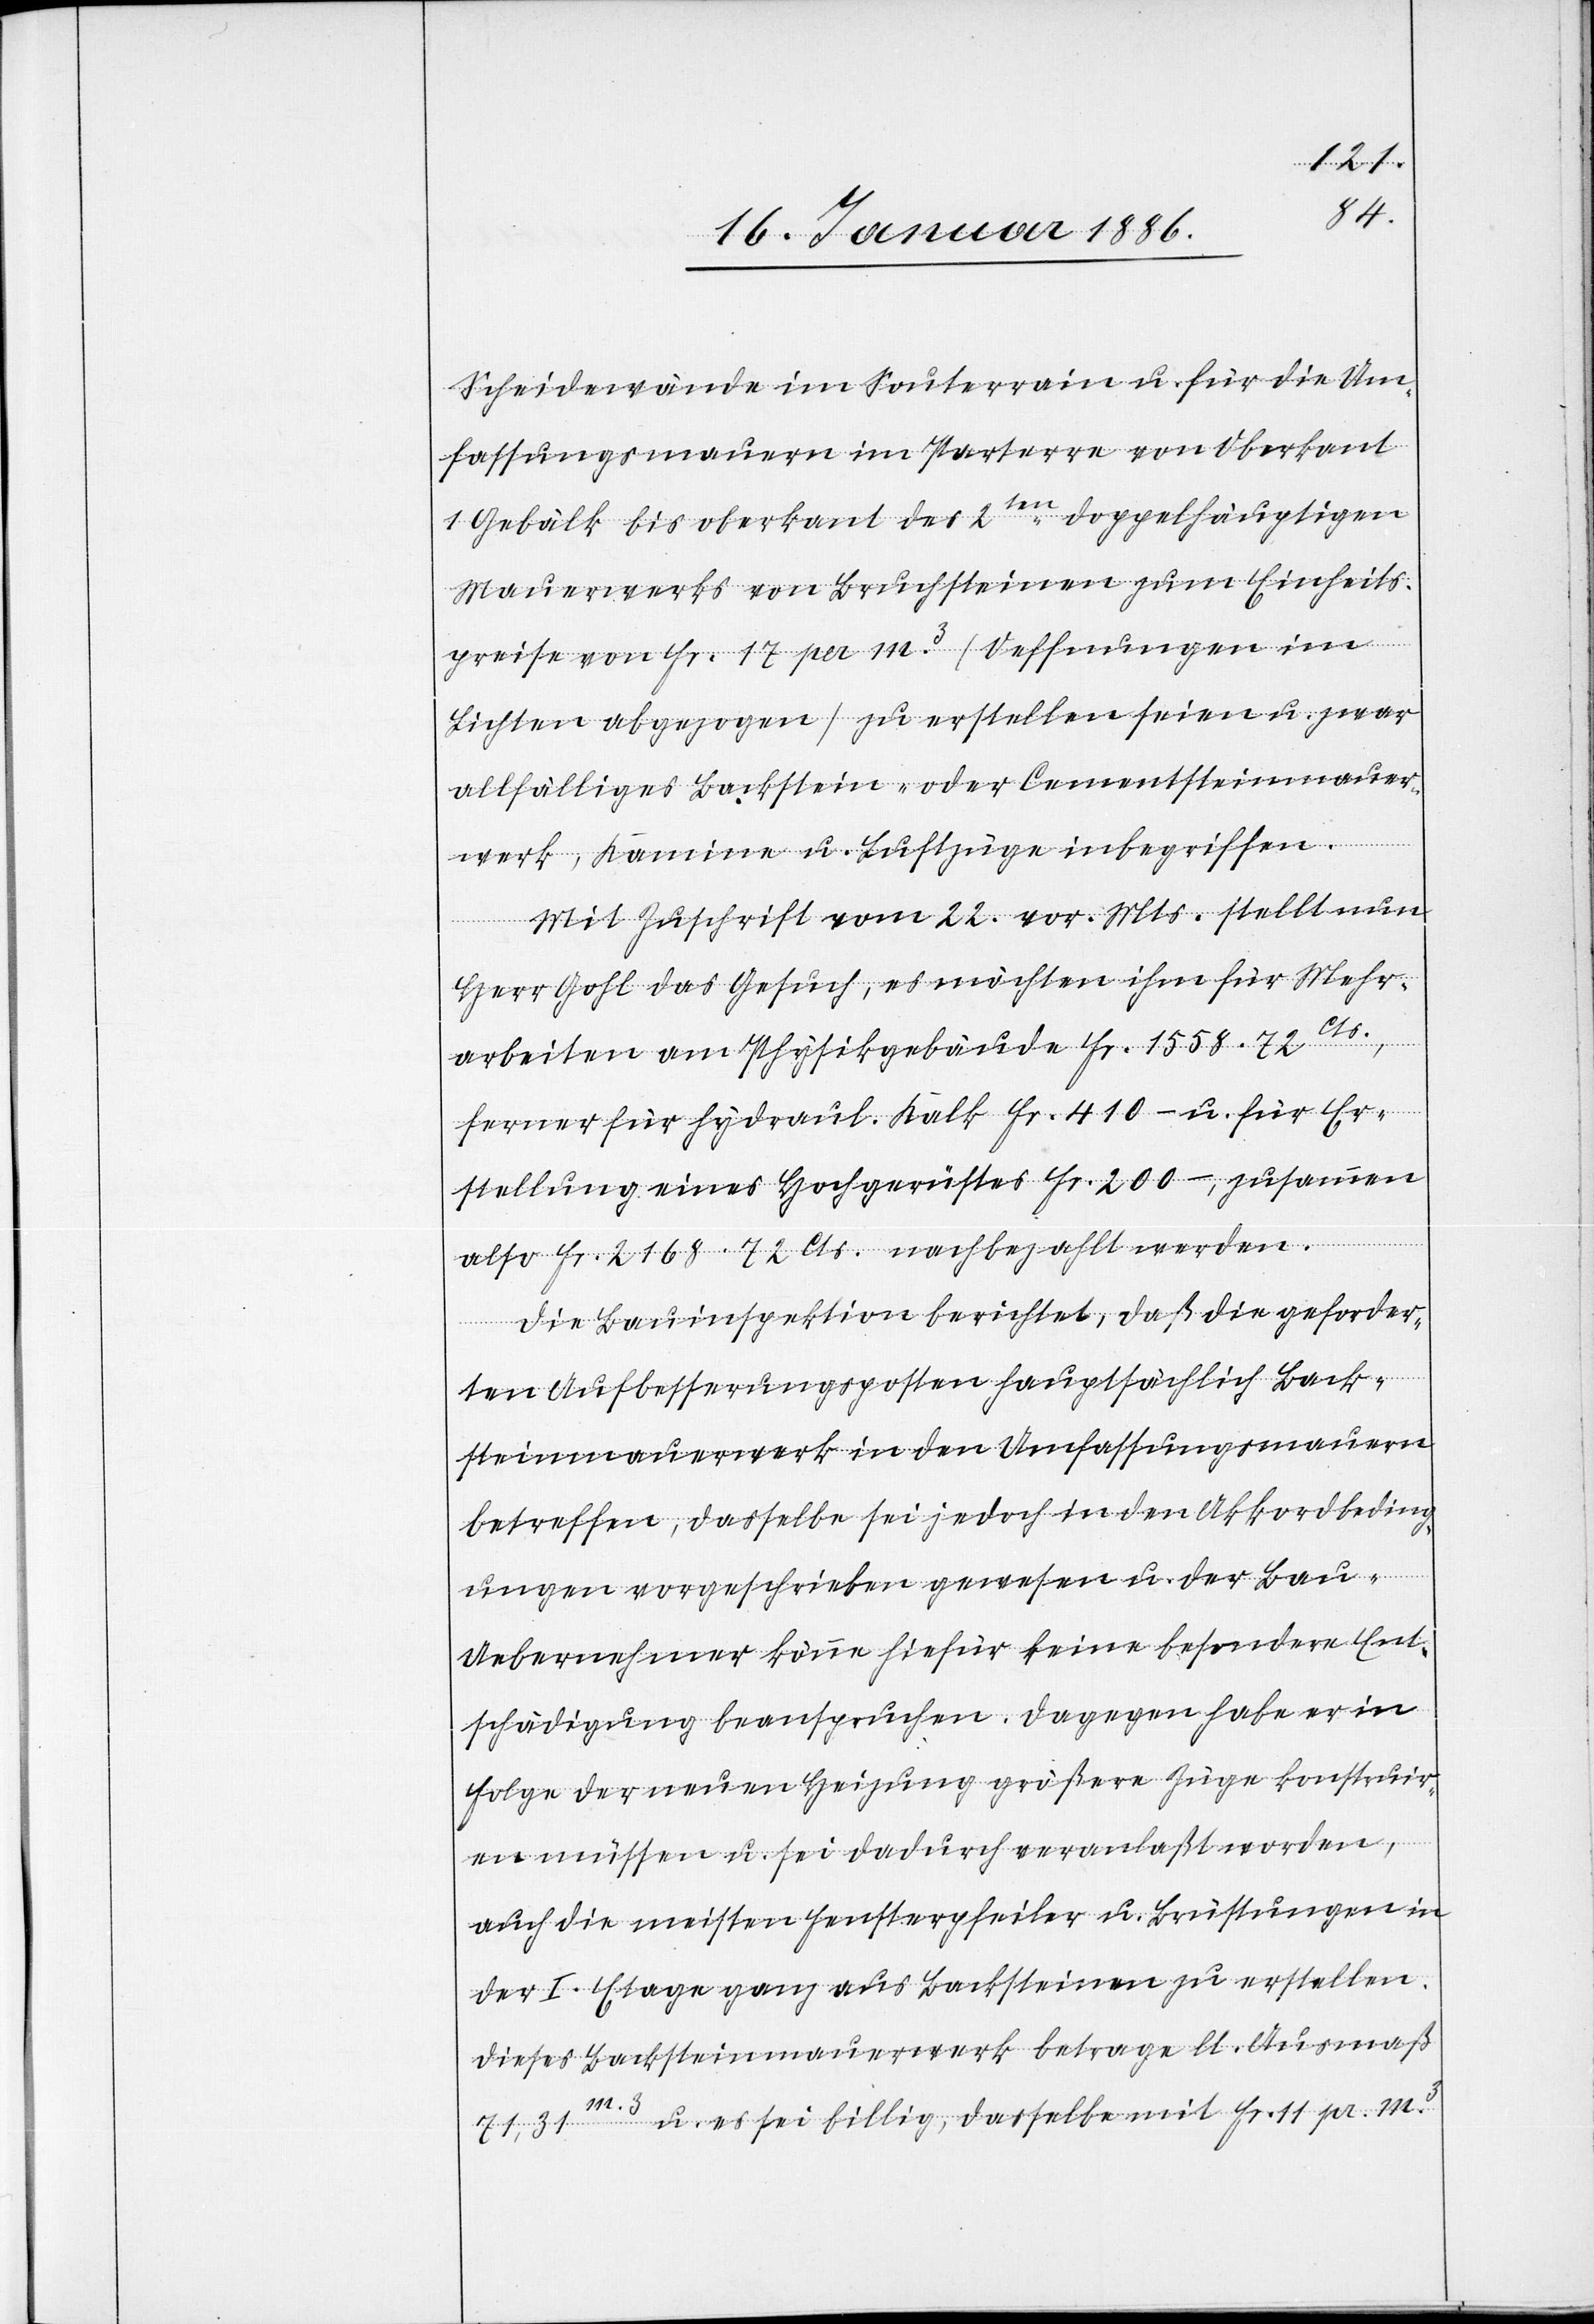
Schneiderwände im Souterrain u. für die Um¬
fassungsmauern im Parterre von oberkant
1. Gebälk bis oberkant des 2ten doppelhauptigen
Mauerwerks von Bruchsteinen zum Einheits¬
preise von Fr. 17 per m3 (Oeffnungen im
Lichten abgezogen) zu erstellen seien u. zwar
allfälliges Backstein- oder Cementsteinmauer¬
werk, Kamin u. Luftzüge inbegriffen.
Mit Zuschrift vom 22. vor. Mts. stellt nun
Herr Gohl das Gesuch, es möchten ihm für Mehr¬
arbeiten am Physikgebäude Fr. 1558. 72 Cts.,
ferner für hydraul. Kalk Fr. 410.– u. für Er¬
stellung eines Hochgerüstes Fr. 200.–, zusammen
also Fr. 2168,72 Cts. nachbezahlt werden.
Die Bauinspektion berichtet, daß die geforder¬
te Aufbesserungsposten hauptsächlich Back¬
steinmauerwerk in den Umfassungsmauern
betreffe, dasselbe sei jedoch in den Akkordbeding¬
ungen vorgeschrieben gewesen u. der Bau-U¬
ebernehmer könne hiefür keine besondere Ent¬
schädigung beanspruchen. Dagegen habe er in
Folge der neuen Heizung größerer Züge konstruier¬
en müssen u. sei dadurch veranlaßt worden,
auch die meisten Fensterpfeiler u. Brüstungen in
der I. Etage ganz aus Backsteinen zu erstellen.
Dieses Backsteinmauerwerk betrage lt. Ausmaß
71,31 m3 u. es sei billig, dasselbe mit Fr. 11 pr. m3